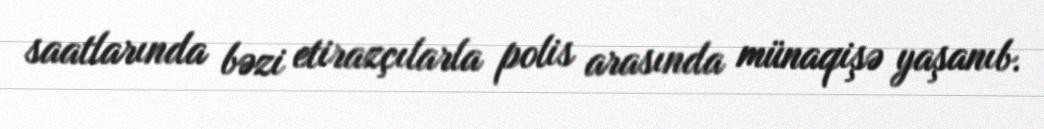
saatlarında bəzi etirazçılarla polis arasında münaqişə yaşanıb.